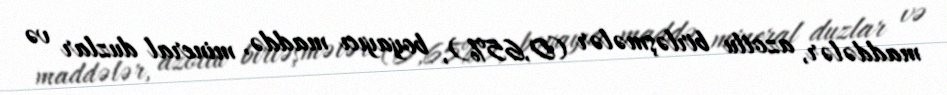
maddələr, azotlu birləşmələr (0,65%), boyayıcı maddə, mineral duzlar və